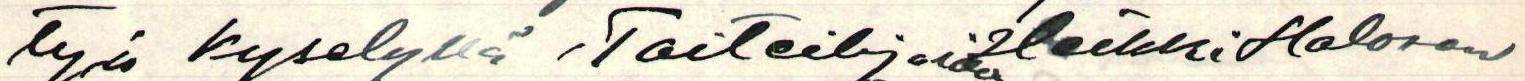
tyä kyselyllä, Taiteilijoiden Heikki Halonen